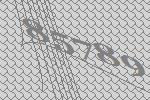
85789